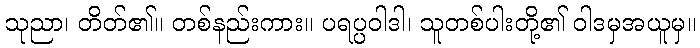
သုညာ၊ တိတ်၏။ တစ်နည်းကား။ ပရပ္ပဝါဒါ၊ သူတစ်ပါးတို့၏ ဝါဒမှအယူမှ။